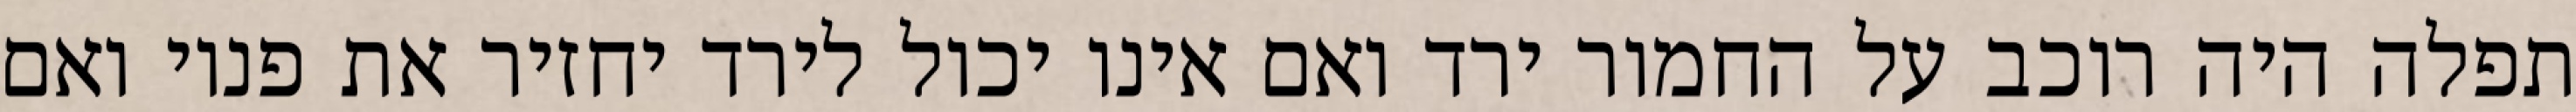
תפלה היה רוכב על החמור ירד ואם אינו יכול לירד יחזיר את פניו ואם